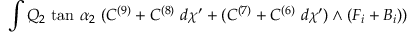
\int Q _ { 2 } ~ \mathrm { t a n } ~ \alpha _ { 2 } ~ ( C ^ { ( 9 ) } + C ^ { ( 8 ) } ~ d \chi ^ { \prime } + ( C ^ { ( 7 ) } + C ^ { ( 6 ) } ~ d \chi ^ { \prime } ) \wedge ( F _ { i } + B _ { i } ) )